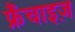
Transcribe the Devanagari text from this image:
फ्रैंचाइज़